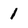
Character: 1